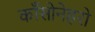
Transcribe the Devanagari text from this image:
काँसोनेहरो